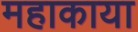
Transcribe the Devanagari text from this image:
महाकाया